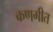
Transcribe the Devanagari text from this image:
कणगीत